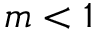
m < 1